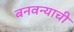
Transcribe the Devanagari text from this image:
बनवन्याची